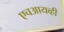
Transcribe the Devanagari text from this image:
एचआयव्ही